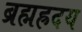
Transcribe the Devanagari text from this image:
ब्रह्मह्रदय